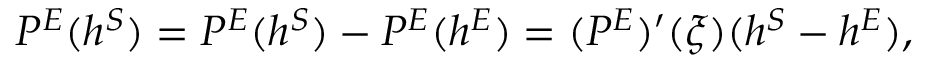
{ \cal P } ^ { E } ( h ^ { S } ) = { \cal P } ^ { E } ( h ^ { S } ) - { \cal P } ^ { E } ( h ^ { E } ) = ( { \cal P } ^ { E } ) ^ { \prime } ( \xi ) ( h ^ { S } - h ^ { E } ) ,